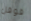
قوقل